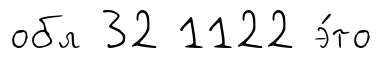
обл 32 1122 э́то